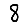
Digit: 8